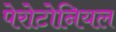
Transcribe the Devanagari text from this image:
पेरोटोनियल